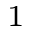
_ 1